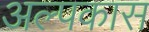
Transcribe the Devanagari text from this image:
अल्पकास